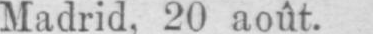
Madrid. 20 août.